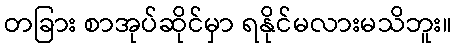
တခြား စာအုပ်ဆိုင်မှာ ရနိုင်မလားမသိဘူး။